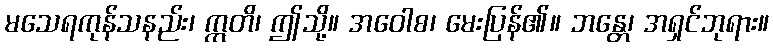
မသေရကုန်သနည်း၊ ဣတိ၊ ဤသို့။ အဝေါစ၊ မေးပြန်၏။ ဘန္တေ၊ အရှင်ဘုရား။